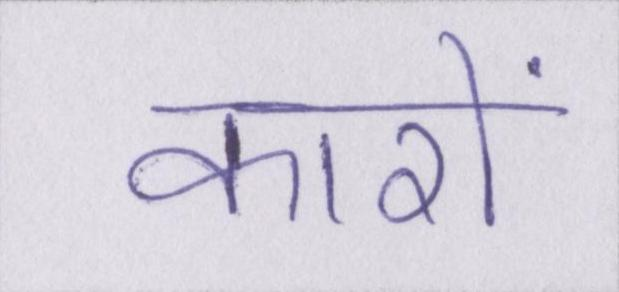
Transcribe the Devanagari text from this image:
कारों